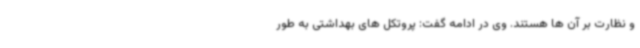
و نظارت بر آن ها هستند. وی در ادامه گفت: پروتکل های بهداشتی به طور